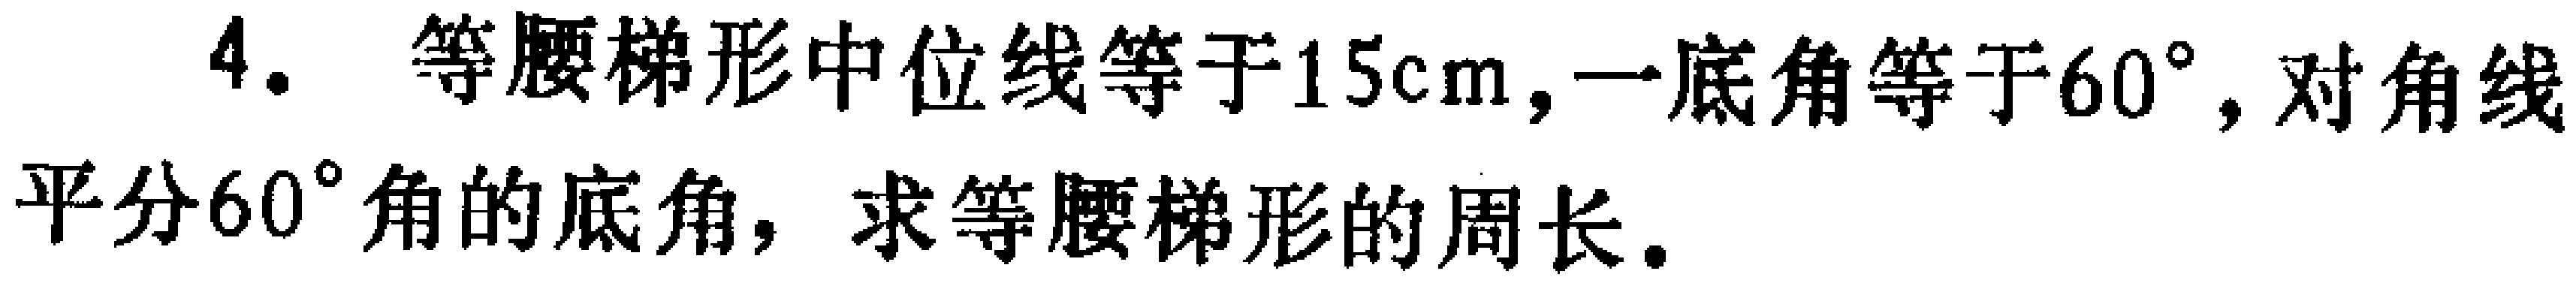
4. 等腰梯形中位线等于\(15cm\)，一底角等于\(60^{\circ}\)，对角线平分\(60^{\circ}\)角的底角，求等腰梯形的周长。